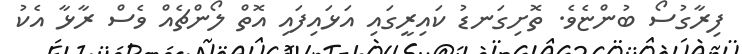
ފިރާގުސޯ ބުންޏެވެ. ތޮށިގަނޑު ކައިރީގައި އަޅައިފައި އޮތް ލޯންޗެއް ވެސް ރާޅާ އެކު